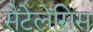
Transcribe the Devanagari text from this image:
सैंटेलेंसिस